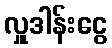
လှူဒါန်းငွေ